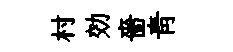
村効嗇青